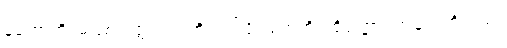
နဟောတိ၊ မဖြစ်လတ္တံ့။ ဣတိ၊ ဤသို့။ တေဟိ၊ ထိုပုဏ္ဏား အမတ်တို့သည်။